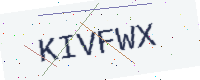
Text: KIVFWX